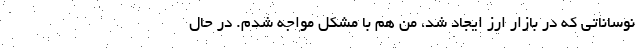
نوساناتی که در بازار ارز ایجاد شد، من هم با مشکل مواجه شدم. در حال